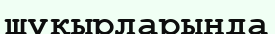
шұқырларында